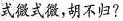
式微式微，胡不归?